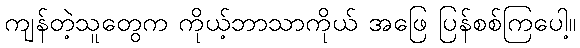
ကျန်တဲ့သူတွေက ကိုယ့်ဘာသာကိုယ် အဖြေ ပြန်စစ်ကြပေါ့။